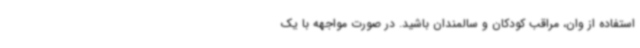
استفاده از وان، مراقب کودکان و سالمندان باشید. در صورت مواجهه با یک